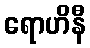
ရောဟိနီ